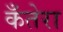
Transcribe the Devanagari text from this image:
कँतेरा